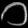
Digit: ၁